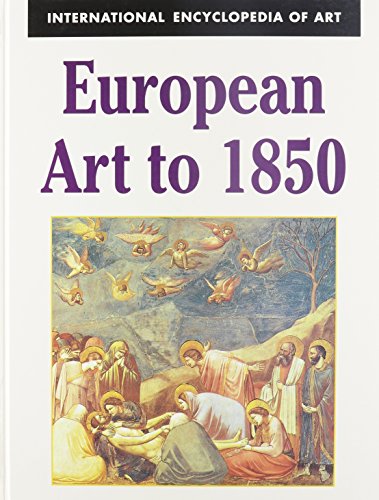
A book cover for European Art to 1850 (International Encyclopedia of Art); Tony Lucchesi; Teen & Young Adult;